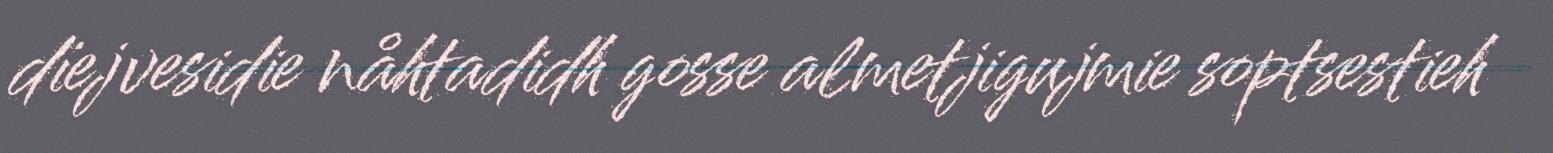
dïejvesidie nåhtadidh gosse almetjigujmie soptsestieh